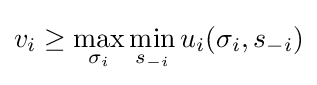
v_{i}\geq \max _{\sigma _{i}}\min _{s_{-i}}u_{i}(\sigma _{i},s_{-i})